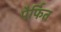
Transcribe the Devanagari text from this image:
पैर्फित